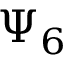
\Psi _ { 6 }